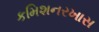
કમિશનરખાસ